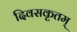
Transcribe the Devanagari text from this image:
दिवसकृतम्‌